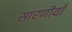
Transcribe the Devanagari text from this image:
सारणीयाँ